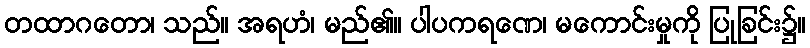
တထာဂတော၊ သည်။ အရဟံ၊ မည်၏။ ပါပကရဏေ၊ မကောင်းမှုကို ပြုခြင်း၌။